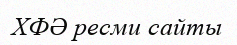
ХФӘ ресми сайты